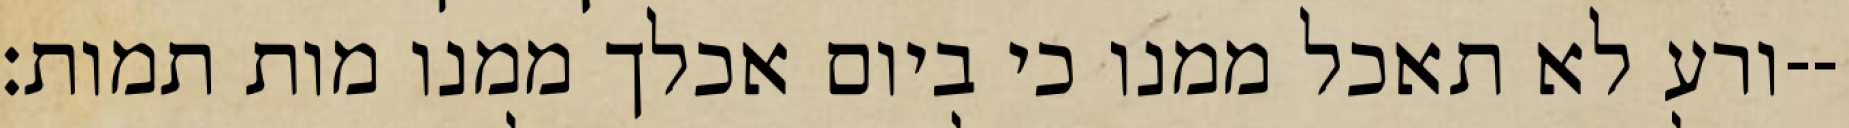
ורע לא תאכל ממנו כי ביום אכלך ממנו מות תמות׃--